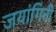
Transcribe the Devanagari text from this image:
जयांगिनी